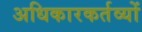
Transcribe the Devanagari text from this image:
अधिकारकर्तव्यों